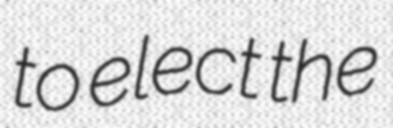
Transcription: to elect the